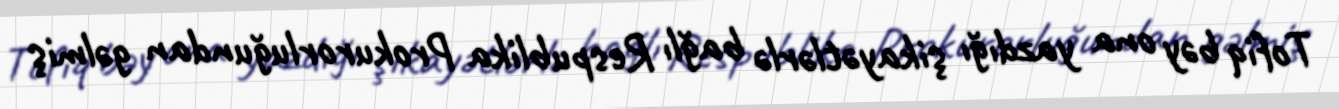
Tofiq bəy ona yazdığı şikayətlərlə bağlı Respublika Prokurorluğundan gəlmiş